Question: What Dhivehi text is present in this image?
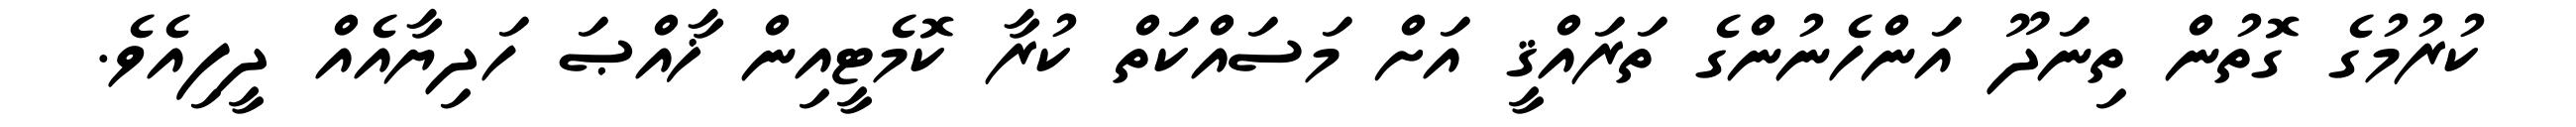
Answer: ކުރުމުގެ ގޮތުން ތިނަދޫ އަންހެނުންގެ ތަރައްޤީ އަށް މަސައްކަތް ކުރާ ކޮމެޓީއިން ޚާއްޞަ ހަދިޔާއެއް ދީފިއެވެ.